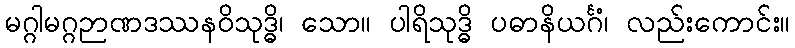
မဂ္ဂါမဂ္ဂဉာဏဒဿနဝိသုဒ္ဓိ၊ သော။ ပါရိသုဒ္ဓိ ပဓာနိယင်္ဂံ၊ လည်းကောင်း။